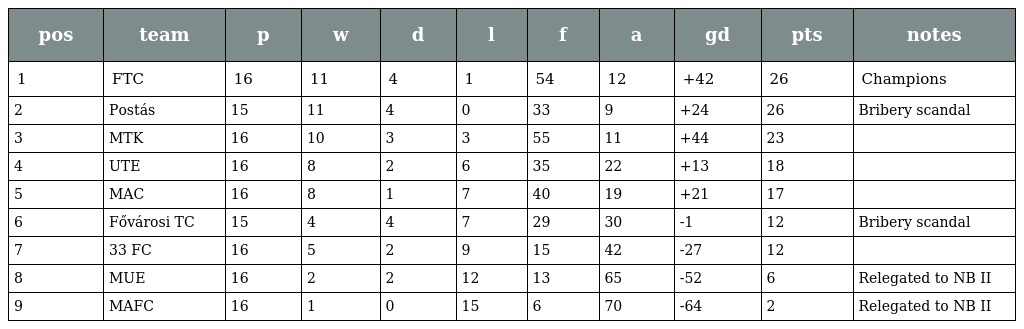
| pos | team | p | w | d | l | f | a | gd | pts | notes |
 | --- | --- | --- | --- | --- | --- | --- | --- | --- | --- | --- |
 | 1 | FTC | 16 | 11 | 4 | 1 | 54 | 12 | +42 | 26 | Champions |
 | 2 | Postás | 15 | 11 | 4 | 0 | 33 | 9 | +24 | 26 | Bribery scandal |
 | 3 | MTK | 16 | 10 | 3 | 3 | 55 | 11 | +44 | 23 |  |
 | 4 | UTE | 16 | 8 | 2 | 6 | 35 | 22 | +13 | 18 |  |
 | 5 | MAC | 16 | 8 | 1 | 7 | 40 | 19 | +21 | 17 |  |
 | 6 | Fővárosi TC | 15 | 4 | 4 | 7 | 29 | 30 | -1 | 12 | Bribery scandal |
 | 7 | 33 FC | 16 | 5 | 2 | 9 | 15 | 42 | -27 | 12 |  |
 | 8 | MUE | 16 | 2 | 2 | 12 | 13 | 65 | -52 | 6 | Relegated to NB II |
 | 9 | MAFC | 16 | 1 | 0 | 15 | 6 | 70 | -64 | 2 | Relegated to NB II |